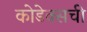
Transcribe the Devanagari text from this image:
कोडेक्सची